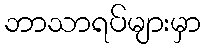
ဘာသာရပ်များမှာ